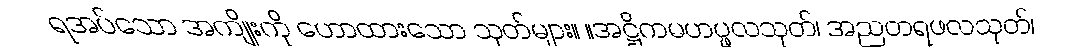
ရအပ်သော အကျိုးကို ဟောထားသော သုတ်များ။ ။အဋ္ဌိကမဟပ္ဖလသုတ်၊ အညတရဖလသုတ်၊